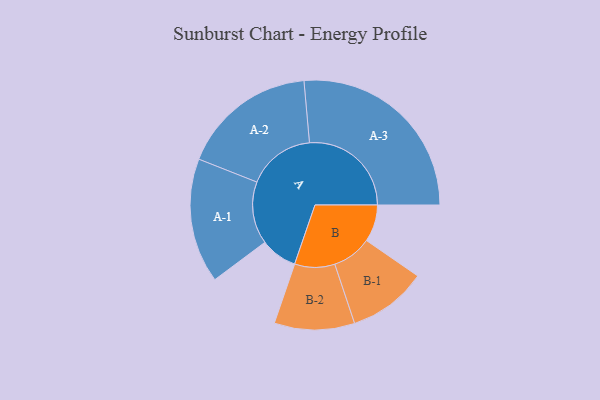
{"axis": {"x": "Segment", "y": "Value"}, "legend": ["", "A", "B"], "data": [{"x": "A", "y": 106, "type": ""}, {"x": "B", "y": 107, "type": ""}, {"x": "A-1", "y": 180, "type": "A"}, {"x": "A-2", "y": 196, "type": "A"}, {"x": "A-3", "y": 294, "type": "A"}, {"x": "B-1", "y": 114, "type": "B"}, {"x": "B-2", "y": 116, "type": "B"}]}